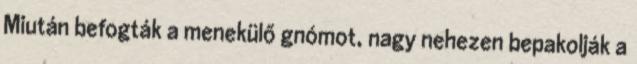
Miután befogták a menekülő gnómot, nagy nehezen bepakolják a